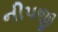
નીપજી